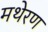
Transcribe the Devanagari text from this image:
मथेरण